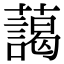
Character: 藹